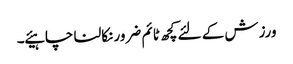
ورزش کے لئے کچھ ٹائم ضرور نکالنا چاہیئے ۔